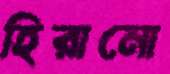
হিরানো